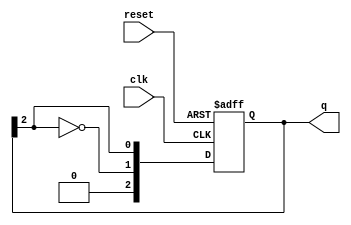
module johnson_counter #(
    parameter N = 3  // Number of flip-flops
) (
    input wire clk,      // Clock signal
    input wire reset,    // Asynchronous reset signal
    output reg [N-1:0] q // Output state of the flip-flops
);

    // Always block triggered on the rising edge of the clock or the reset signal
    always @(posedge clk or posedge reset) begin
        if (reset) begin
            // Reset all flip-flops to 0
            q <= {N{1'b0}};
        end else begin
            // Shift and feedback mechanism for Johnson Counter
            q <= {~q[N-1], q[N-1:N-1]}; // Shift left and feedback inverted last bit
        end
    end

endmodule